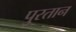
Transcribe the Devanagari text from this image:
पुरतान